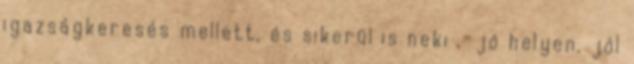
igazságkeresés mellett, és sikerül is neki ,-jó helyen, jól